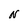
Character: N